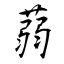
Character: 蒻